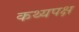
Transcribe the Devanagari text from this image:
कथ्यपक्ष